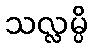
သလ္လမ္ပိ